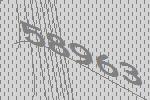
58963